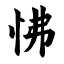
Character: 怫